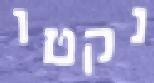
נקטו